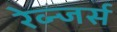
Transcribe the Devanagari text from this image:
रेव्न्जर्स